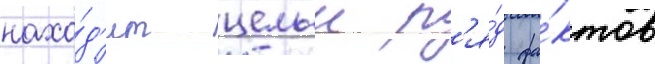
нахо́д'ит целыи р'я́д фа́ктов